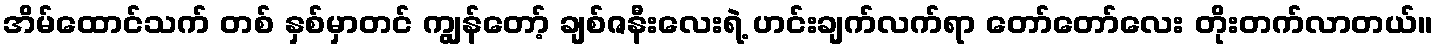
အိမ်ထောင်သက် တစ် နှစ်မှာတင် ကျွန်တော့် ချစ်ဇနီးလေးရဲ့ ဟင်းချက်လက်ရာ တော်တော်လေး တိုးတက်လာတယ်။